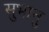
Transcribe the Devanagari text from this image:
सुभानु